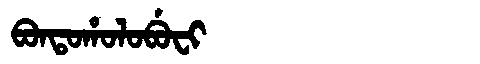
Manchu: ᠪᠣᠨᡨᠣᡥᠣᠯᠣᠪᡠᠸᡳ
Romanization: BONTOHOLOBUFI